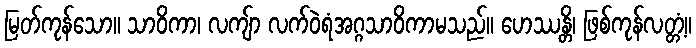
မြတ်ကုန်သော။ သာဝိကာ၊ လကျ်ာ လက်ဝဲရံအဂ္ဂသာဝိကာမသည်။ ဟေဿန္တိ၊ ဖြစ်ကုန်လတ္တံ့။